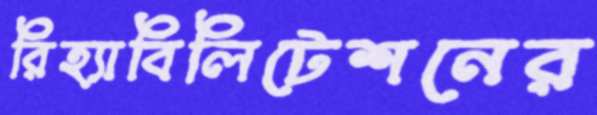
রিহ্যাবিলিটেশনের